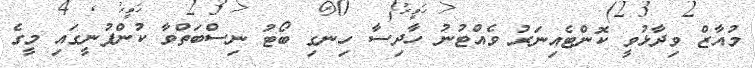
މުއާޒް ވިދާޅުވީ ކޮންޓެއިނަރު ވެއްޓުނު ހާދިސާ ހިނގި ބޯޓު ނިސްބަތްވާ ކުންފުނީގައި މީގެ